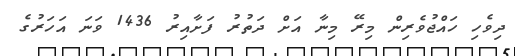
ދިވެހި ހައްޖުވެރިން މިރޭ މިނާ އަށް ދަތުރު ފަށާއިރު 1436 ވަނަ އަހަރުގެ